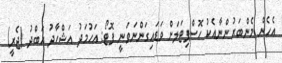
އެހެން މެންބަރުންނާއެކު ހޮސްޕިޓަލަށް ވަަޑައިގަންނަވަނީ ފޮޓޯ: އަހުމަދު އަޝްހާދު އަބްދު (ޖެރީ)